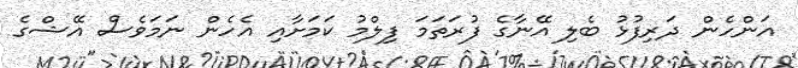
އަންހެން ދަރިފުޅު ބެލި އޭނާގެ ފުރަތަމަ ފިލްމު ކަމަށާއި އެހެން ނަމަވެސް އޭޝްގެ